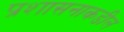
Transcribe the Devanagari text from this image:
प्रशासनाकडील